Riigikantselei, lk 258
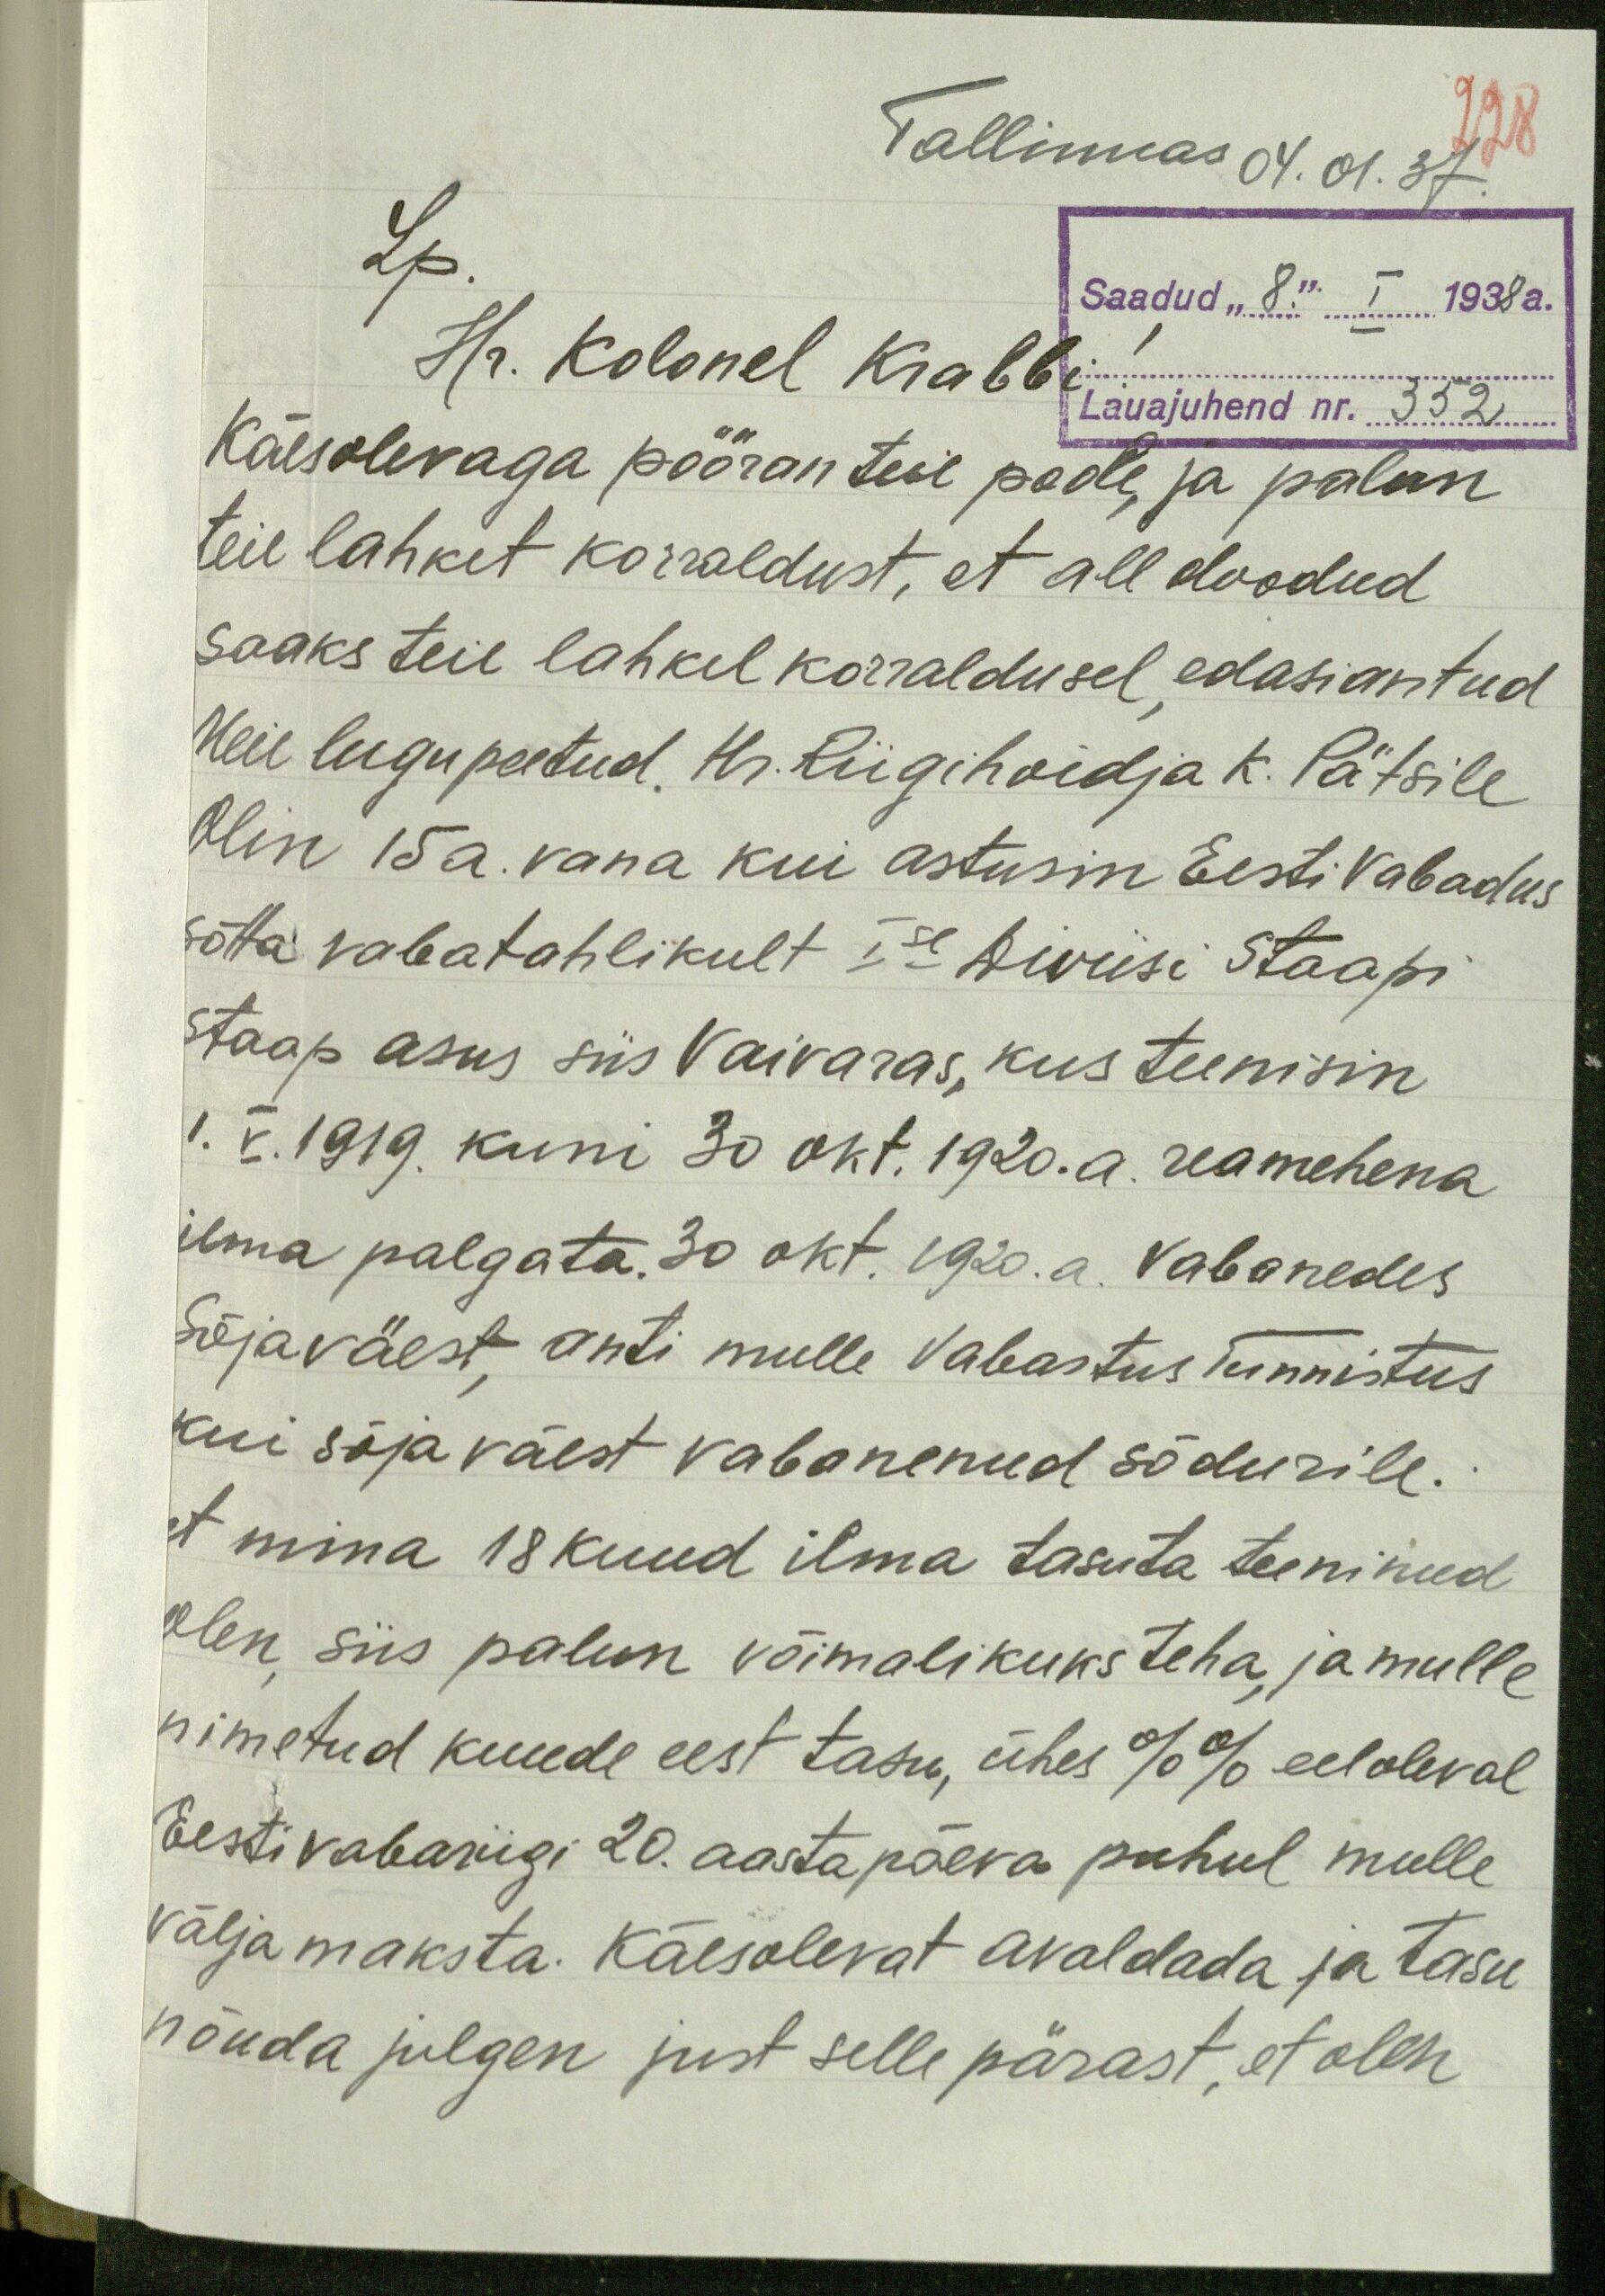
228
Tallinnas 04.01.37
Saadud "8." I 1938 a.
Lauajuhend nr. 352
Lp.
Hr. Kolonel Krabbi!
Käesolevaga pööran teie poole, ja palun
teie lahket korraldust, et all doodud
saaks teie lahkel korraldusel, edasiantud
Meie lugupeetud Hr. Riigihoidja K. Pätsile
Olin 15a. vana kui astusin Eesti Vabadus
sõtta vabatahlikult Ie Diviisi Staapi
Staap asus siis Vaivaras, kus teenisin
1. V. 1919. kuni 30 okt. 1920. a. reamehena
ilma palgata. 30 okt. 1920. a. vabanedes
Sõjaväest, anti mulle Vabastus tunnistus
kui sõjaväest vabanenud sõdurile.
et mina 18 kuud ilma tasuta teeninud
olen, siis palun võimalikuks teha, ja mulle
nimetud kuude eest tasu, ühes %% eeloleval
Eesti Vabariigi 20. aastapäeva puhul mulle
välja maksta. Käesolevat avaldada ja tasu
nõuda julgen just selle pärast, et olen